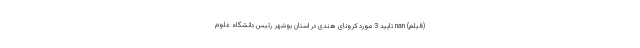
(فیلم) nan تایید 3 مورد کرونای هندی در استان بوشهر رئیس دانشگاه علوم